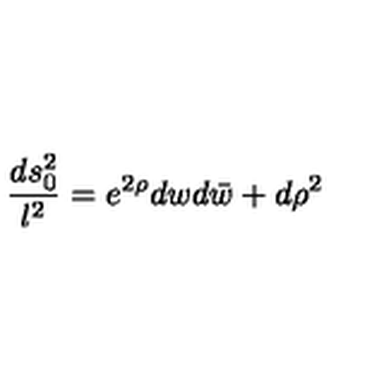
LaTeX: { \frac { d s _ { 0 } ^ { 2 } } { l ^ { 2 } } } = e ^ { 2 \rho } d w d \bar { w } + d \rho ^ { 2 }